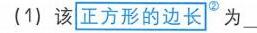
(1) 该\underline{正方形的边长}^{\textcircled{2}}为